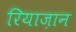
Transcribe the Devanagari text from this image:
रियाज़ान